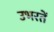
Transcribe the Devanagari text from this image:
उभरतें